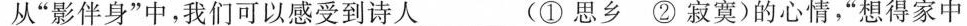
从”影伴身”中，我们可以感受到诗人___(①思乡②寂寞)的心情，”想得家中